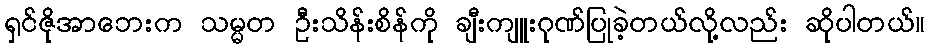
ရှင်ဇိုအာဘေးက သမ္မတ ဦးသိန်းစိန်ကို ချီးကျူးဂုဏ်ပြုခဲ့တယ်လို့လည်း ဆိုပါတယ်။